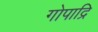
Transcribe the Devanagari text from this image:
गोपाद्रि